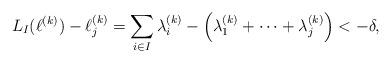
LaTeX: \begin{align*}L_I(\ell^{(k)}) - \ell_j^{(k)} = \sum_{i\in I} \lambda_i^{(k)} - \left(\lambda_1^{(k)}+\cdots + \lambda_j^{(k)}\right) < -\delta,\end{align*}